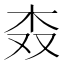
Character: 𣏪